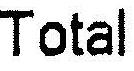
TOTAL